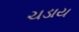
ચડાય